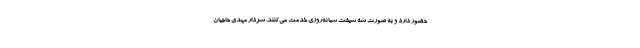
حضور دارد و به صورت سه شیفت شبانه‌روزی خدمت می‌کنند. سردار مهدی حاجیان